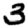
Digit: 3